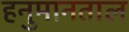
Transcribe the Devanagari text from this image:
हनुमानताल